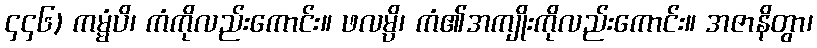
၄၄၆) ကမ္မံပိ၊ ကံကိုလည်းကောင်း။ ဖလမ္ပိ၊ ကံ၏အကျိုးကိုလည်းကောင်း။ အဇာနိတွာ၊